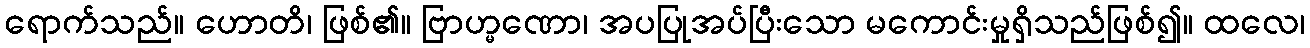
ရောက်သည်။ ဟောတိ၊ ဖြစ်၏။ ဗြာဟ္မဏော၊ အပပြုအပ်ပြီးသော မကောင်းမှုရှိသည်ဖြစ်၍။ ထလေ၊